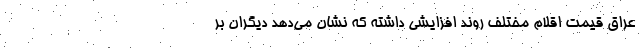
عراق قیمت اقلام مختلف روند افزایشی داشته که نشان می‌دهد دیگران بر